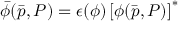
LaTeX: \bar { \phi } ( \bar { p } , P ) = \epsilon ( \phi ) \left[ \phi ( \bar { p } , P ) \right] ^ { * }